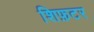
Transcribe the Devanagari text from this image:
शिफ़टर